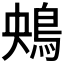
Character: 𩿶